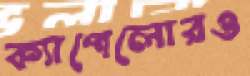
ক্যাপেলোরও